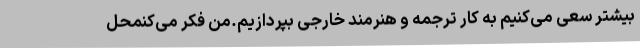
بیشتر سعی می‌کنیم به کار ترجمه و هنرمند خارجی بپردازیم.من فکر می‌کنمحل